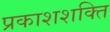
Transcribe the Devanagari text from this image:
प्रकाशशक्ति